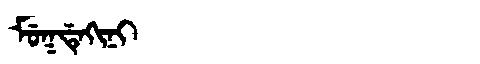
Manchu: ᠮᡠᡴᡩᡝᡴᡳᠨᡳ
Romanization: MUKDEKINI